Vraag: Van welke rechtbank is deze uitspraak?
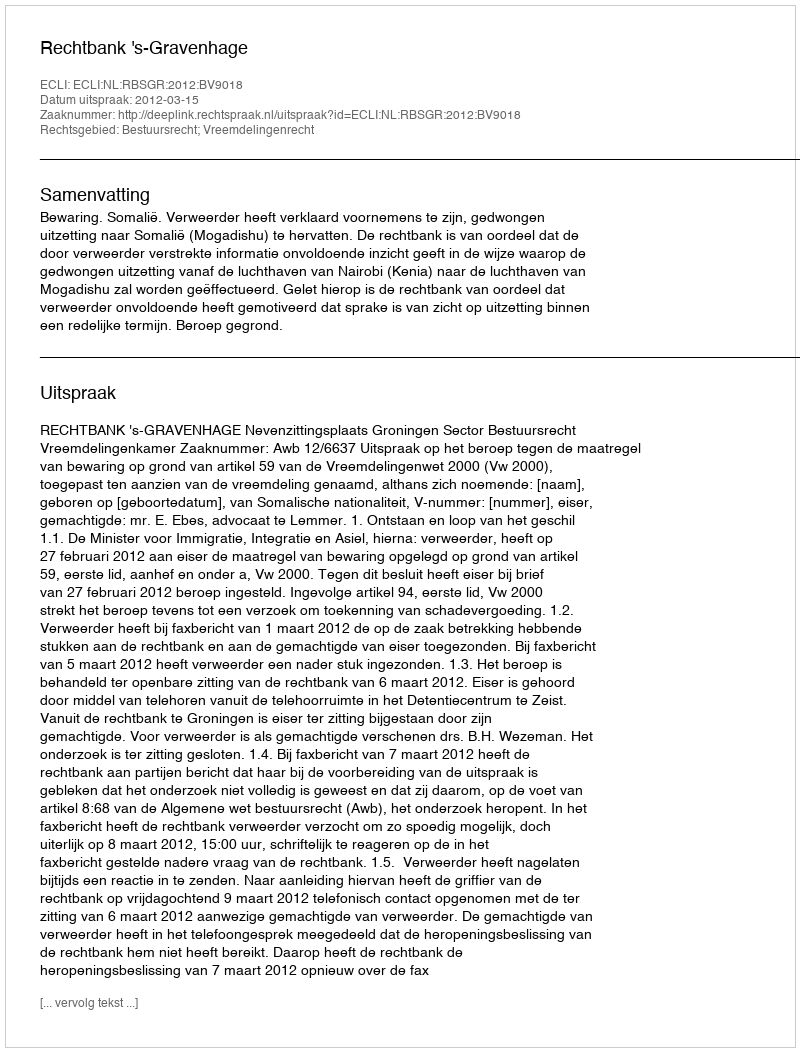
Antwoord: Rechtbank 's-Gravenhage